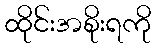
ထိုင်းအစိုးရကို